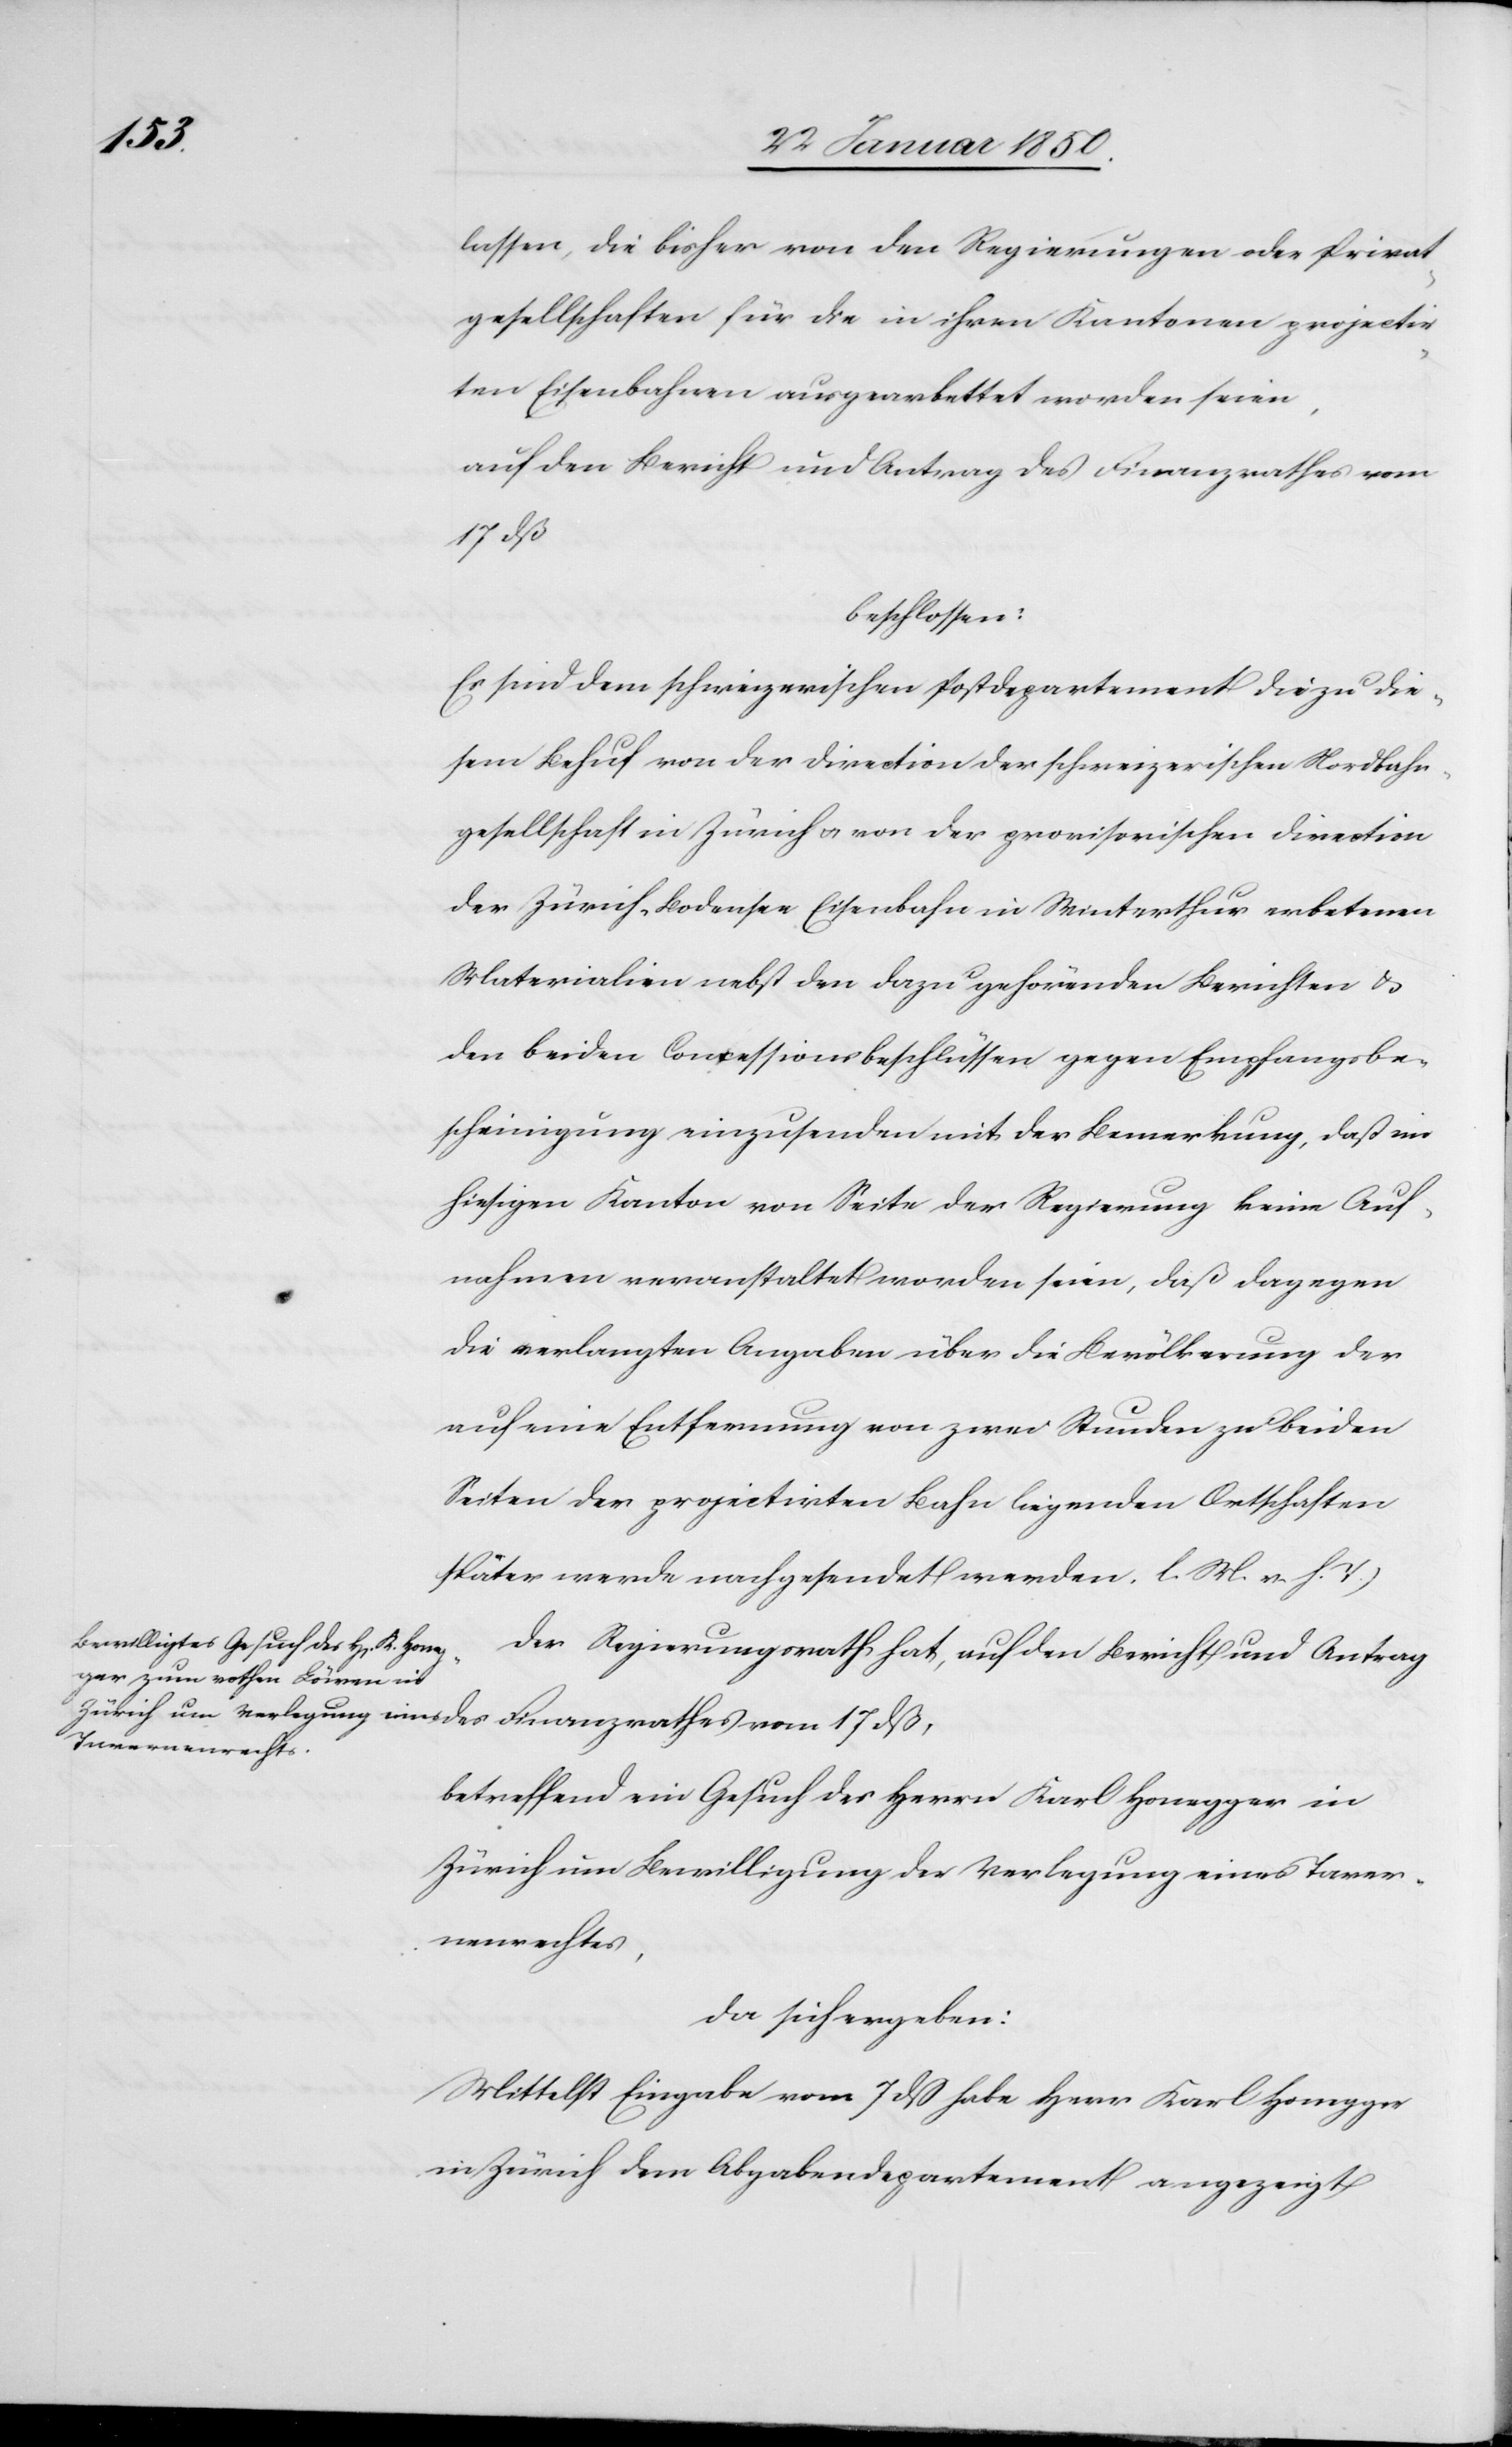
vom

lassen, die bisher von den Regierungen oder Privat¬
gesellschaften für die in ihren Kantonen projectir¬
ten Eisenbahnen ausgearbettet [sic!] worden seien,
auf den Bericht und Antrag des Finanzrathes vom
17 dß,
beschlossen:
Es sind dem schweizerischen Postdepartement die zu die¬
sem Behuf von der Direction der schweizerischen Nordbahn¬
gesellschaft in Zürich u. von der provisorischen Direction
der Zürich-Bodensee Eisenbahn in Winterthur erbetenen
Materialien nebst den dazu gehörenden Berichten u.
den beiden Concessionsbeschlüssen gegen Empfangsbe¬
scheinigung einzusenden mit der Bemerkung, daß im
hiesigen Kanton von Seite der Regierung keine Auf¬
nahmen veranstaltet worden seien, daß dagegen
die verlangten Angaben über die Bevölkerung der
auf eine Entfernung von zwei Stunden zu beiden
Seiten der projectirten Bahn liegenden Ortschaften
später werde nachgesendet werden. [(]l. M. v. h. T.)
Der Regierungsrath hat, auf den Bericht und Antrag
betreffend ein Gesuch des Herrn Karl Honegger in
Zürich um Bewilligung der Verlegung eines Taver¬
nenrechtes,
da sich ergeben:
Mittelst Eingabe vom 7 dß habe Herr Karl Honegger
in Zürich dem Abgabendepartement angezeigt